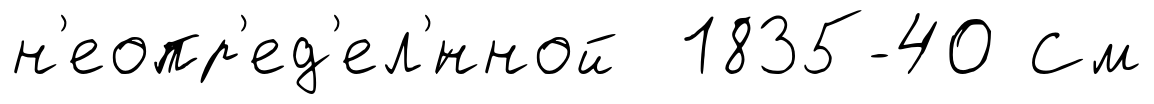
н'еопр'ед'ел'́нной 1835-40 См